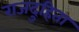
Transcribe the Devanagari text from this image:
राजदुहिता